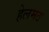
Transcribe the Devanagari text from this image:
हेलमठ